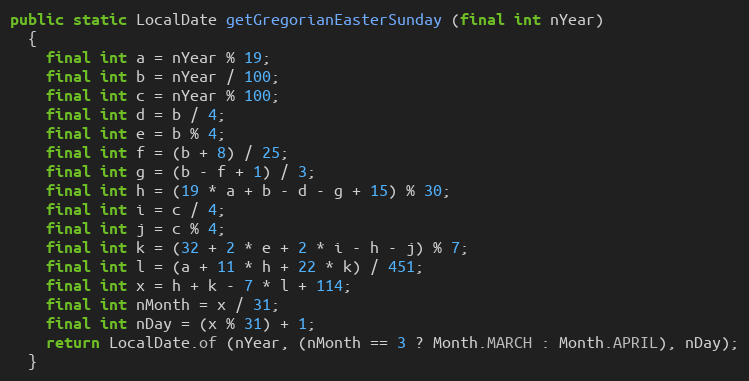
Language: Java
public static LocalDate getGregorianEasterSunday (final int nYear)
  {
    final int a = nYear % 19;
    final int b = nYear / 100;
    final int c = nYear % 100;
    final int d = b / 4;
    final int e = b % 4;
    final int f = (b + 8) / 25;
    final int g = (b - f + 1) / 3;
    final int h = (19 * a + b - d - g + 15) % 30;
    final int i = c / 4;
    final int j = c % 4;
    final int k = (32 + 2 * e + 2 * i - h - j) % 7;
    final int l = (a + 11 * h + 22 * k) / 451;
    final int x = h + k - 7 * l + 114;
    final int nMonth = x / 31;
    final int nDay = (x % 31) + 1;
    return LocalDate.of (nYear, (nMonth == 3 ? Month.MARCH : Month.APRIL), nDay);
  }